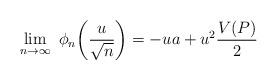
LaTeX: \begin{align*}\lim_{n\to\infty} \,\, \phi_n\bigg(\frac{u}{\sqrt{n}}\bigg)= -u a + u^2 \frac{V(P)}{2} \end{align*}